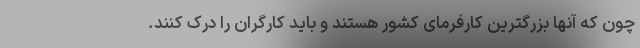
چون که آنها بزرگترین کارفرمای کشور هستند و باید کارگران را درک کنند.